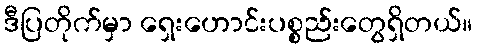
ဒီပြတိုက်မှာ ရှေးဟောင်းပစ္စည်းတွေရှိတယ်။